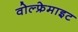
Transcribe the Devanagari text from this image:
वोल्फ्रेमाइट